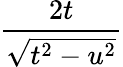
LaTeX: \frac{2t}{\sqrt{t^{2}-u^{2}}}